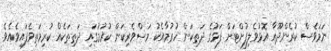
ނަމަވެސް ކުރެންދޫއާ އޮޅުވެލިފުށްޓަށް ފަޅުގެ ދަތިކަން ހުރުމާއެކު މަސްވެރިކަން ކުރުމުގައި ދަތިތަކެއް ކުރިމަތިވެފައިވެއެވެ.